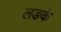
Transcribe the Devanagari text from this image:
लङके